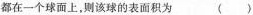
都在一个球面上，则该球的表面积为 （）